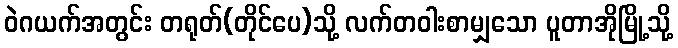
ဝဲဂယက်အတွင်း တရုတ်(တိုင်ပေ)သို့ လက်တဝါးစာမျှသော ပူတာအိုမြို့သို့